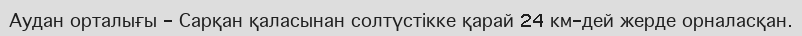
Аудан орталығы - Сарқан қаласынан солтүстікке қарай 24 км-дей жерде орналасқан.